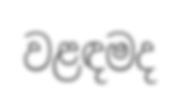
වළඳමද